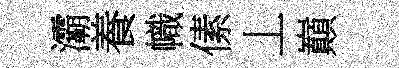
灞養幟傃丄巔